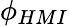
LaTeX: \phi_{HMI}